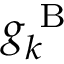
g _ { k } ^ { \textrm { B } }